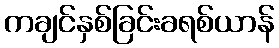
ကချင်နှစ်ခြင်းခရစ်ယာန်